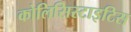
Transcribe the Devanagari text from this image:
कोलिसिस्टाइटिस